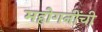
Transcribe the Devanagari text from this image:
महोगनींची